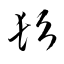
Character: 髟